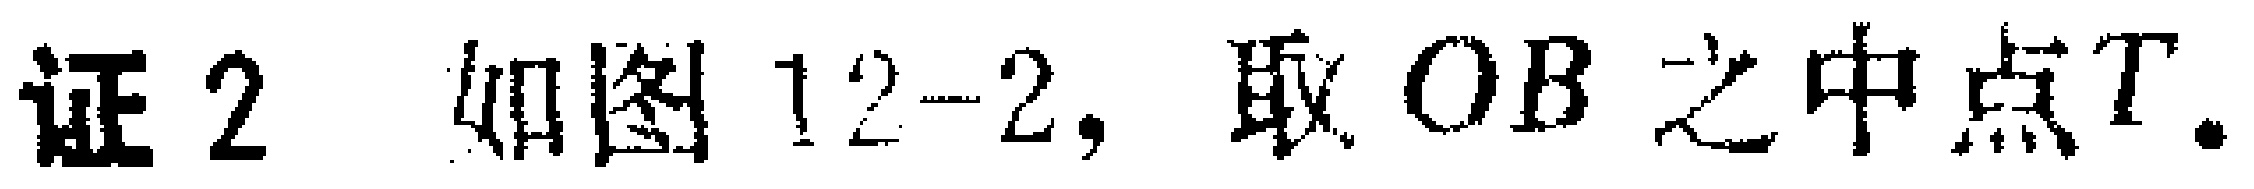
证2. 如图12-2, 取 \(OB\) 之中点\(T\).